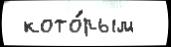
 кото́рым